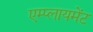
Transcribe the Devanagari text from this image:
एम्प्लायमेंट